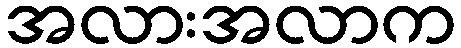
အလားအလာက